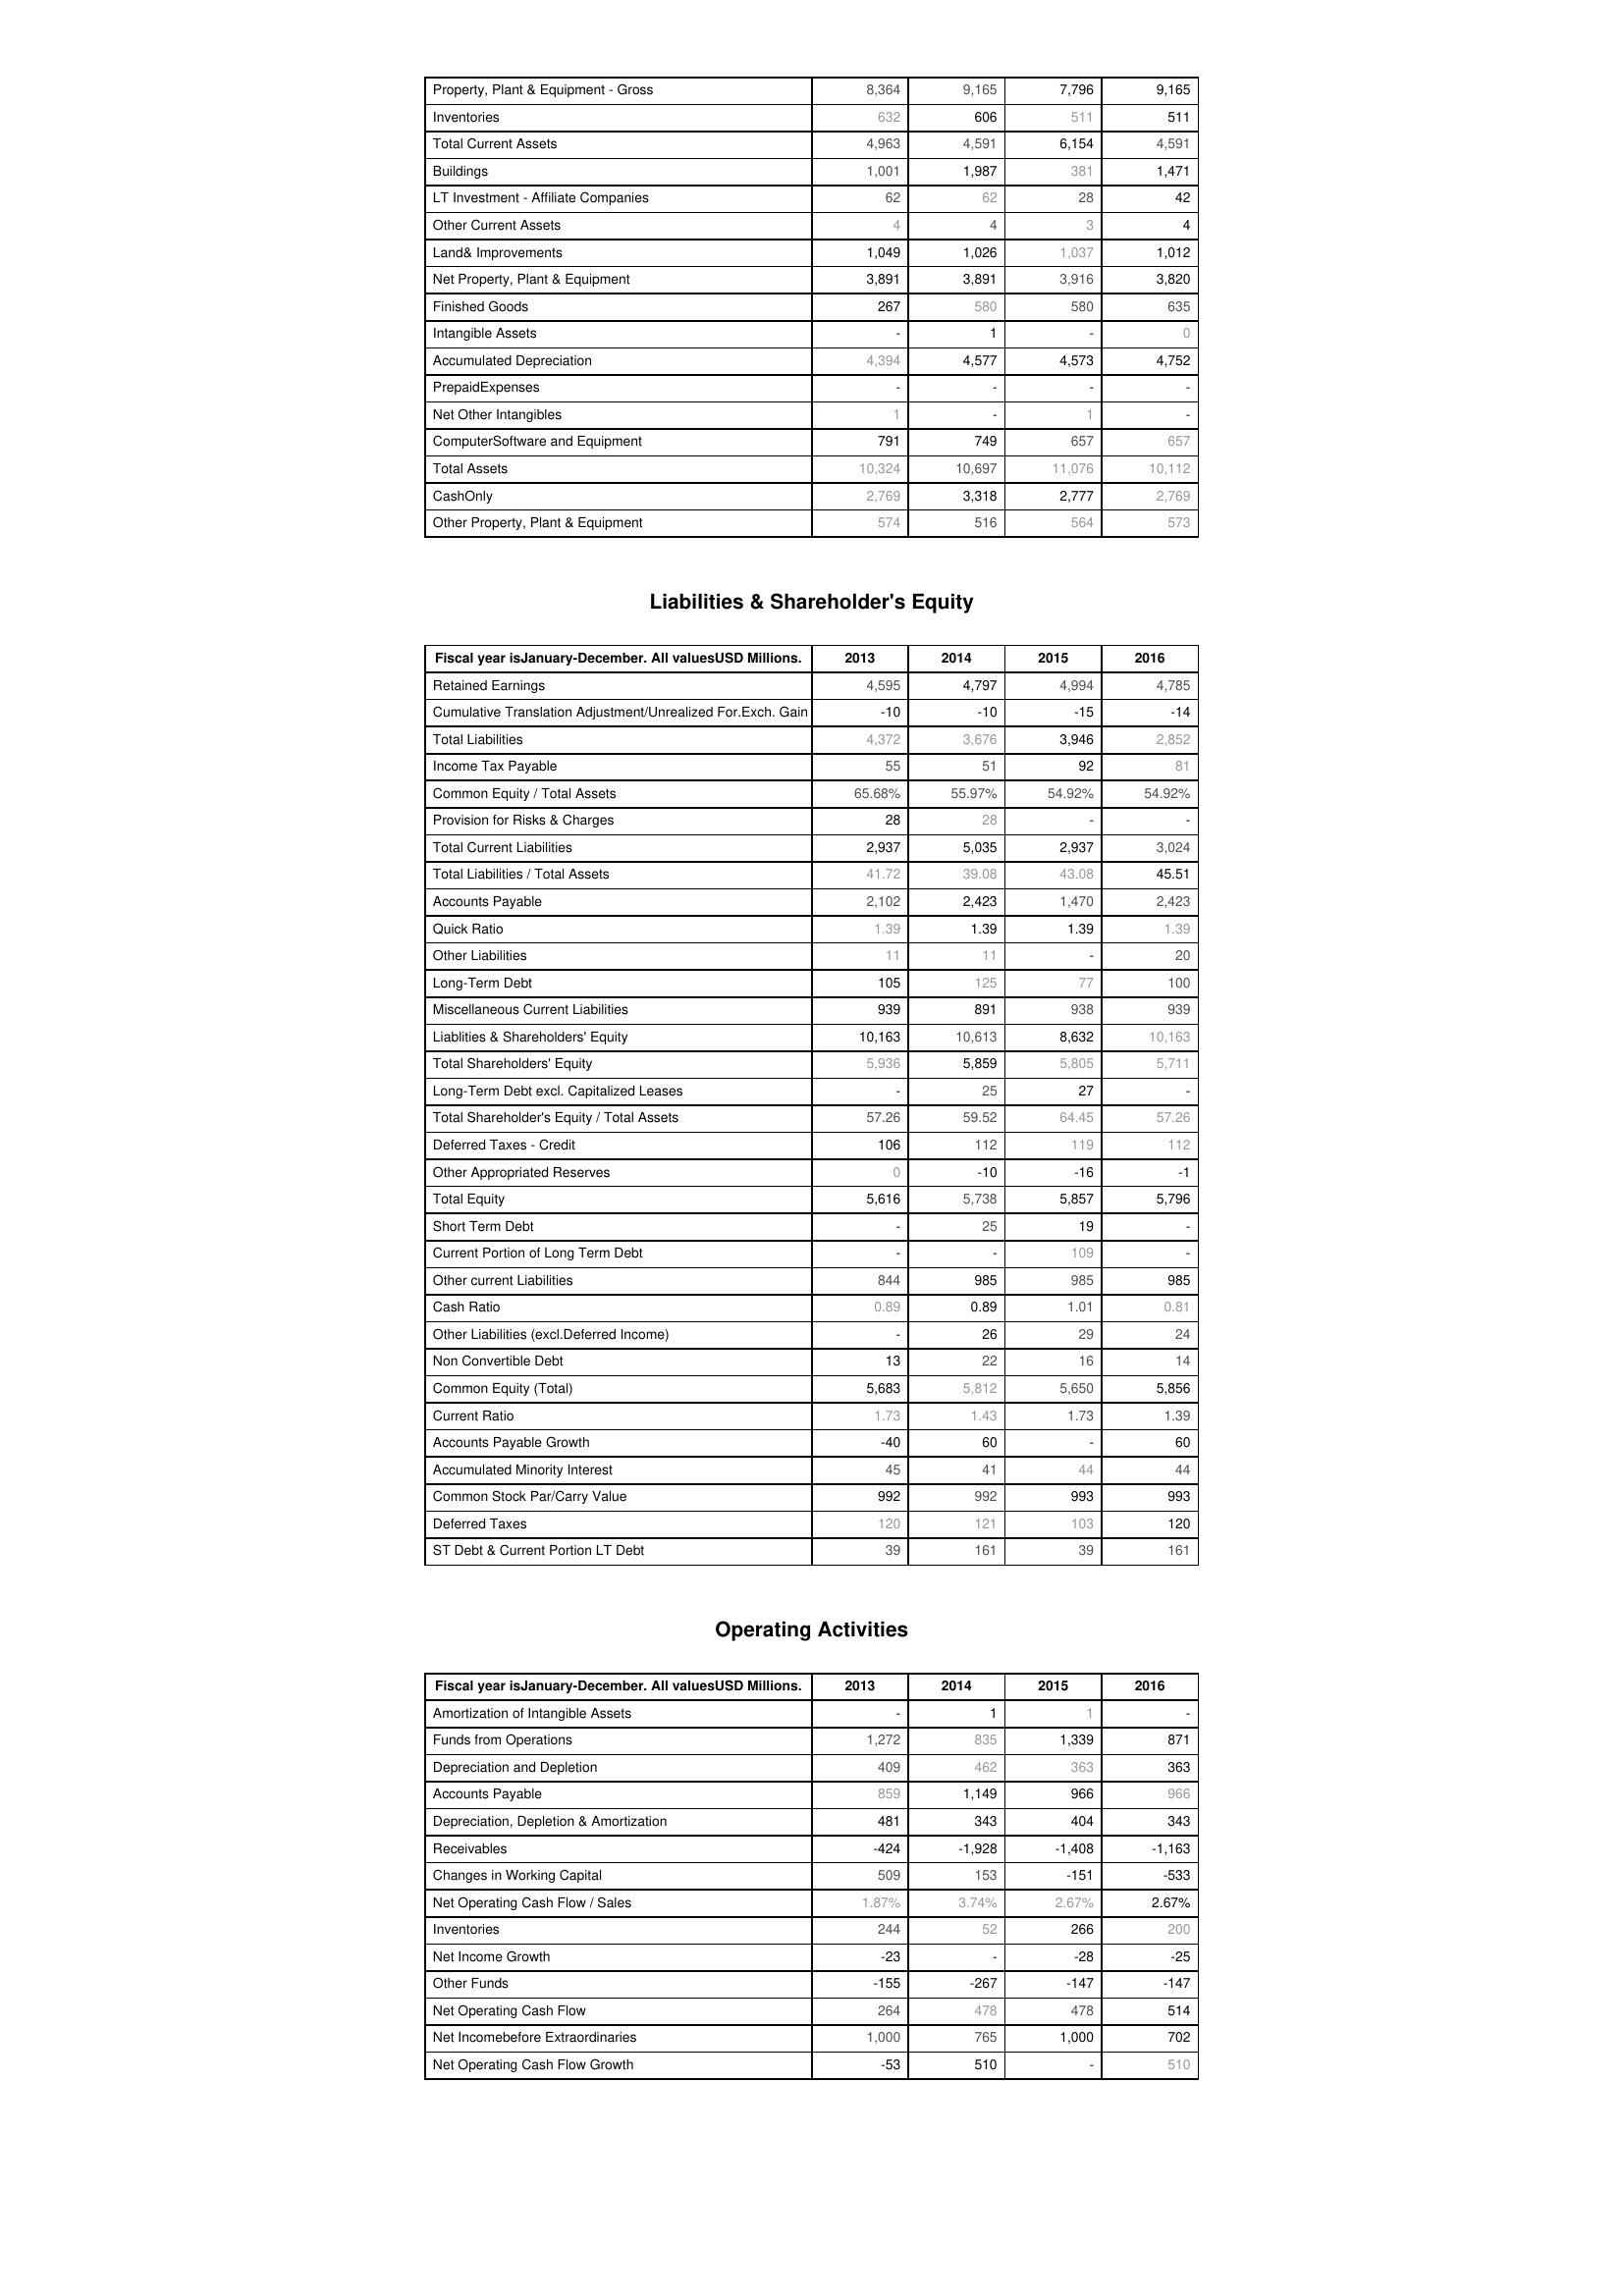
2013: Assets: Property, Plant & Equipment - Gross : 8,364
Inventories: 632
Total Current Assets: 4,963
Buildings: 1,001
LT Investment - Affiliate Companies: 62
Other Current Assets: 4
Land& Improvements: 1,049
Net Property, Plant & Equipment: 3,891
Finished Goods: 267
Intangible Assets: -
Accumulated Depreciation: 4,394
PrepaidExpenses: -
Net Other Intangibles: 1
ComputerSoftware and Equipment: 791
Total Assets: 10,324
CashOnly: 2,769
Other Property, Plant & Equipment: 574
Liabilities & Shareholder's Equity: Retained Earnings: 4,595
Cumulative Translation Adjustment/Unrealized For.Exch. Gain: -10
Total Liabilities: 4,372
Income Tax Payable: 55
Common Equity / Total Assets: 65.68%
Provision for Risks & Charges: 28
Total Current Liabilities: 2,937
Total Liabilities / Total Assets: 41.72
Accounts Payable: 2,102
Quick Ratio: 1.39
Other Liabilities: 11
Long-Term Debt: 105
Miscellaneous Current Liabilities: 939
Liablities & Shareholders' Equity: 10,163
Total Shareholders' Equity: 5,936
Long-Term Debt excl. Capitalized Leases: -
Total Shareholder's Equity / Total Assets: 57.26
Deferred Taxes - Credit: 106
Other Appropriated Reserves: 0
Total Equity: 5,616
Short Term Debt: -
Current Portion of Long Term Debt: -
Other current Liabilities: 844
Cash Ratio: 0.89
Other Liabilities (excl.Deferred Income): -
Non Convertible Debt: 13
Common Equity (Total): 5,683
Current Ratio: 1.73
Accounts Payable Growth: -40
Accumulated Minority Interest: 45
Common Stock Par/Carry Value: 992
Deferred Taxes: 120
ST Debt & Current Portion LT Debt: 39
Operating Activities: Amortization of Intangible Assets: -
Funds from Operations: 1,272
Depreciation and Depletion: 409
Accounts Payable: 859
Depreciation, Depletion & Amortization: 481
Receivables: -424
Changes in Working Capital: 509
Net Operating Cash Flow / Sales: 1.87%
Inventories: 244
Net Income Growth: -23
Other Funds: -155
Net Operating Cash Flow: 264
Net Incomebefore Extraordinaries: 1,000
Net Operating Cash Flow Growth: -53
2014: Assets: Property, Plant & Equipment - Gross : 9,165
Inventories: 606
Total Current Assets: 4,591
Buildings: 1,987
LT Investment - Affiliate Companies: 62
Other Current Assets: 4
Land& Improvements: 1,026
Net Property, Plant & Equipment: 3,891
Finished Goods: 580
Intangible Assets: 1
Accumulated Depreciation: 4,577
PrepaidExpenses: -
Net Other Intangibles: -
ComputerSoftware and Equipment: 749
Total Assets: 10,697
CashOnly: 3,318
Other Property, Plant & Equipment: 516
Liabilities & Shareholder's Equity: Retained Earnings: 4,797
Cumulative Translation Adjustment/Unrealized For.Exch. Gain: -10
Total Liabilities: 3,676
Income Tax Payable: 51
Common Equity / Total Assets: 55.97%
Provision for Risks & Charges: 28
Total Current Liabilities: 5,035
Total Liabilities / Total Assets: 39.08
Accounts Payable: 2,423
Quick Ratio: 1.39
Other Liabilities: 11
Long-Term Debt: 125
Miscellaneous Current Liabilities: 891
Liablities & Shareholders' Equity: 10,613
Total Shareholders' Equity: 5,859
Long-Term Debt excl. Capitalized Leases: 25
Total Shareholder's Equity / Total Assets: 59.52
Deferred Taxes - Credit: 112
Other Appropriated Reserves: -10
Total Equity: 5,738
Short Term Debt: 25
Current Portion of Long Term Debt: -
Other current Liabilities: 985
Cash Ratio: 0.89
Other Liabilities (excl.Deferred Income): 26
Non Convertible Debt: 22
Common Equity (Total): 5,812
Current Ratio: 1.43
Accounts Payable Growth: 60
Accumulated Minority Interest: 41
Common Stock Par/Carry Value: 992
Deferred Taxes: 121
ST Debt & Current Portion LT Debt: 161
Operating Activities: Amortization of Intangible Assets: 1
Funds from Operations: 835
Depreciation and Depletion: 462
Accounts Payable: 1,149
Depreciation, Depletion & Amortization: 343
Receivables: -1,928
Changes in Working Capital: 153
Net Operating Cash Flow / Sales: 3.74%
Inventories: 52
Net Income Growth: -
Other Funds: -267
Net Operating Cash Flow: 478
Net Incomebefore Extraordinaries: 765
Net Operating Cash Flow Growth: 510
2015: Assets: Property, Plant & Equipment - Gross : 7,796
Inventories: 511
Total Current Assets: 6,154
Buildings: 381
LT Investment - Affiliate Companies: 28
Other Current Assets: 3
Land& Improvements: 1,037
Net Property, Plant & Equipment: 3,916
Finished Goods: 580
Intangible Assets: -
Accumulated Depreciation: 4,573
PrepaidExpenses: -
Net Other Intangibles: 1
ComputerSoftware and Equipment: 657
Total Assets: 11,076
CashOnly: 2,777
Other Property, Plant & Equipment: 564
Liabilities & Shareholder's Equity: Retained Earnings: 4,994
Cumulative Translation Adjustment/Unrealized For.Exch. Gain: -15
Total Liabilities: 3,946
Income Tax Payable: 92
Common Equity / Total Assets: 54.92%
Provision for Risks & Charges: -
Total Current Liabilities: 2,937
Total Liabilities / Total Assets: 43.08
Accounts Payable: 1,470
Quick Ratio: 1.39
Other Liabilities: -
Long-Term Debt: 77
Miscellaneous Current Liabilities: 938
Liablities & Shareholders' Equity: 8,632
Total Shareholders' Equity: 5,805
Long-Term Debt excl. Capitalized Leases: 27
Total Shareholder's Equity / Total Assets: 64.45
Deferred Taxes - Credit: 119
Other Appropriated Reserves: -16
Total Equity: 5,857
Short Term Debt: 19
Current Portion of Long Term Debt: 109
Other current Liabilities: 985
Cash Ratio: 1.01
Other Liabilities (excl.Deferred Income): 29
Non Convertible Debt: 16
Common Equity (Total): 5,650
Current Ratio: 1.73
Accounts Payable Growth: -
Accumulated Minority Interest: 44
Common Stock Par/Carry Value: 993
Deferred Taxes: 103
ST Debt & Current Portion LT Debt: 39
Operating Activities: Amortization of Intangible Assets: 1
Funds from Operations: 1,339
Depreciation and Depletion: 363
Accounts Payable: 966
Depreciation, Depletion & Amortization: 404
Receivables: -1,408
Changes in Working Capital: -151
Net Operating Cash Flow / Sales: 2.67%
Inventories: 266
Net Income Growth: -28
Other Funds: -147
Net Operating Cash Flow: 478
Net Incomebefore Extraordinaries: 1,000
Net Operating Cash Flow Growth: -
2016: Assets: Property, Plant & Equipment - Gross : 9,165
Inventories: 511
Total Current Assets: 4,591
Buildings: 1,471
LT Investment - Affiliate Companies: 42
Other Current Assets: 4
Land& Improvements: 1,012
Net Property, Plant & Equipment: 3,820
Finished Goods: 635
Intangible Assets: 0
Accumulated Depreciation: 4,752
PrepaidExpenses: -
Net Other Intangibles: -
ComputerSoftware and Equipment: 657
Total Assets: 10,112
CashOnly: 2,769
Other Property, Plant & Equipment: 573
Liabilities & Shareholder's Equity: Retained Earnings: 4,785
Cumulative Translation Adjustment/Unrealized For.Exch. Gain: -14
Total Liabilities: 2,852
Income Tax Payable: 81
Common Equity / Total Assets: 54.92%
Provision for Risks & Charges: -
Total Current Liabilities: 3,024
Total Liabilities / Total Assets: 45.51
Accounts Payable: 2,423
Quick Ratio: 1.39
Other Liabilities: 20
Long-Term Debt: 100
Miscellaneous Current Liabilities: 939
Liablities & Shareholders' Equity: 10,163
Total Shareholders' Equity: 5,711
Long-Term Debt excl. Capitalized Leases: -
Total Shareholder's Equity / Total Assets: 57.26
Deferred Taxes - Credit: 112
Other Appropriated Reserves: -1
Total Equity: 5,796
Short Term Debt: -
Current Portion of Long Term Debt: -
Other current Liabilities: 985
Cash Ratio: 0.81
Other Liabilities (excl.Deferred Income): 24
Non Convertible Debt: 14
Common Equity (Total): 5,856
Current Ratio: 1.39
Accounts Payable Growth: 60
Accumulated Minority Interest: 44
Common Stock Par/Carry Value: 993
Deferred Taxes: 120
ST Debt & Current Portion LT Debt: 161
Operating Activities: Amortization of Intangible Assets: -
Funds from Operations: 871
Depreciation and Depletion: 363
Accounts Payable: 966
Depreciation, Depletion & Amortization: 343
Receivables: -1,163
Changes in Working Capital: -533
Net Operating Cash Flow / Sales: 2.67%
Inventories: 200
Net Income Growth: -25
Other Funds: -147
Net Operating Cash Flow: 514
Net Incomebefore Extraordinaries: 702
Net Operating Cash Flow Growth: 510